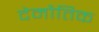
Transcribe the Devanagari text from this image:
देमौतिक